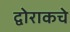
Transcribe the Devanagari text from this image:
द्वोराकचे